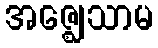
အဇ္ဈေသာမ